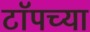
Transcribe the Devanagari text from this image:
टाॅपच्या